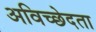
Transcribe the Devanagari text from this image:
अविच्छेदता